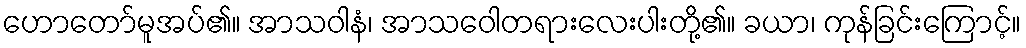
ဟောတော်မူအပ်၏။ အာသဝါနံ၊ အာသဝေါတရားလေးပါးတို့၏။ ခယာ၊ ကုန်ခြင်းကြောင့်။